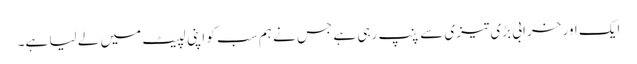
ایک اور خرابی بڑی تیزی سے پنپ رہی ہے جس نے ہم سب کو اپنی لپیٹ میں لے لیا ہے۔